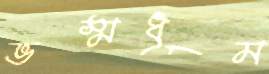
ভস্মধূম